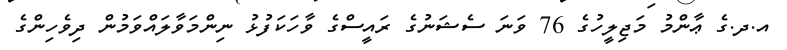
އ.ދ.ގެ ޢާންމު މަޖިލީހުގެ 76 ވަނަ ސެޝަނުގެ ރައީސްގެ ވާހަކަފުޅު ނިންމަވާލައްވަމުން ދިވެހިންގެ